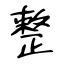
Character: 整